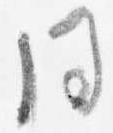
同